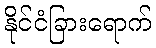
နိုင်ငံခြားရောက်